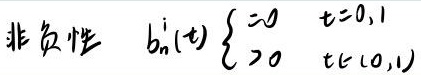
非负性 $\quad b_{n}^{i}(t) \begin{cases}=0 & t = 0,1 \\ >0 & t \in(0,1)\end{cases}$